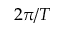
2 \pi / T